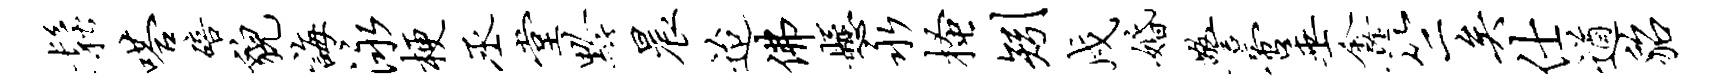
松嗒碚貌诲泳梗丞堂黔晨迨佛悬永搔矧戍婚警啻垂鑫竺矣仕遒貂